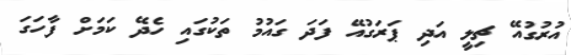
އުރުގުއޭ ޗިލީ އަދި ޕަރަގުއޭ ފަދަ ގައުމު ތަކުގައި ހެދޭ ކަމަށް ފާހަގަ